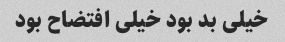
خیلی بد بود خیلی افتضاح بود